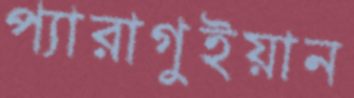
প্যারাগুইয়ান